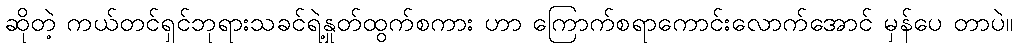
ဆိုတဲ့ ကယ်တင်ရှင်ဘုရားသခင်ရဲ့နှုတ်ထွက်စကား ဟာ ကြောက်စရာကောင်းလောက်အောင် မှန်ပေ တာပဲ။